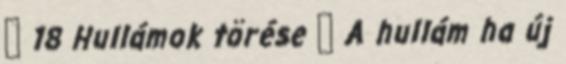
β 18 Hullámok törése  A hullám ha új